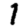
Digit: 1